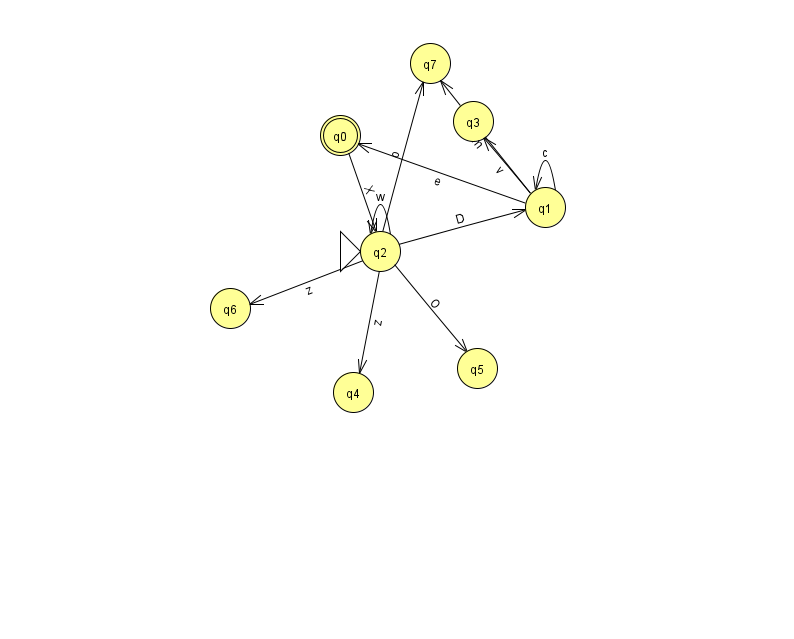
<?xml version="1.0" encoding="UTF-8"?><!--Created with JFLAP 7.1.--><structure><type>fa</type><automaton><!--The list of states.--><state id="0" name="q0"><x>340.0</x><y>122.0</y><final/></state><state id="1" name="q1"><x>545.0</x><y>194.0</y></state><state id="2" name="q2"><x>380.0</x><y>238.0</y><initial/></state><state id="3" name="q3"><x>473.0</x><y>108.0</y></state><state id="4" name="q4"><x>353.0</x><y>379.0</y></state><state id="5" name="q5"><x>477.0</x><y>355.0</y></state><state id="6" name="q6"><x>230.0</x><y>295.0</y></state><state id="7" name="q7"><x>430.0</x><y>50.0</y></state><!--The list of transitions.--><transition><from>1</from><to>0</to><read>e</read></transition><transition><from>1</from><to>1</to><read>c</read></transition><transition><from>1</from><to>7</to><read>m</read></transition><transition><from>2</from><to>1</to><read>D</read></transition><transition><from>2</from><to>7</to><read>o</read></transition><transition><from>1</from><to>3</to><read>v</read></transition><transition><from>2</from><to>2</to><read>w</read></transition><transition><from>2</from><to>4</to><read>z</read></transition><transition><from>0</from><to>2</to><read>X</read></transition><transition><from>2</from><to>5</to><read>O</read></transition><transition><from>2</from><to>6</to><read>z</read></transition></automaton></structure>